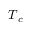
\boldsymbol { T } _ { c }